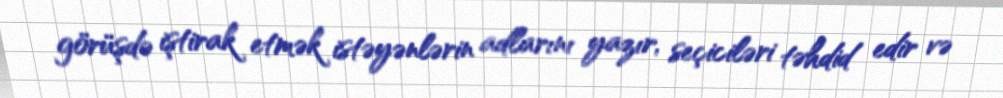
görüşdə iştirak etmək istəyənlərin adlarını yazır, seçiciləri təhdid edir və